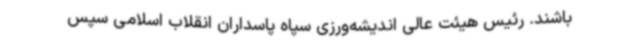
باشند. رئیس هیئت عالی اندیشه‌ورزی سپاه پاسداران انقلاب اسلامی سپس